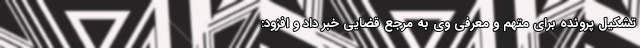
تشکیل پرونده برای متهم و معرفی وی به مرجع قضایی خبر داد و افزود: